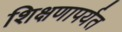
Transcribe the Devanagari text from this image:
शिक्षणापर्यत